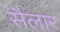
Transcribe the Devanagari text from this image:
सैलार